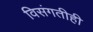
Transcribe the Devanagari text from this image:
विसंगतीही